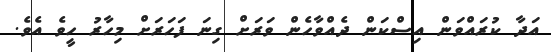
އަދާ ކުރައްވަން އިސްކަން ދެއްވާހެން ވަރަށް ގިނަ ފަހަރަށް މިހާރު ހީވެ އެވެ.